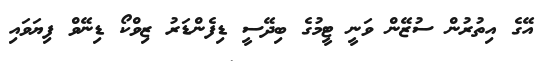
އޭގެ އިތުރުން ސުޒޭން ވަނީ ޓީމުގެ ބިދޭސީ ޑިފެންޑަރު ޒިވްކޯ ޑިނޭވް ފިޔަވައި